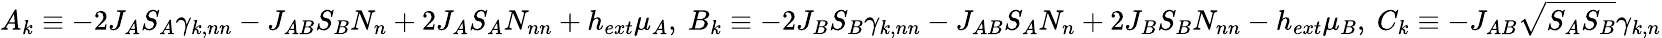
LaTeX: A_{k}\equiv-2J_{A}S_{A}{\gamma}_{k,nn}-J_{AB}S_{B}N_{n}+2J_{A}S_{A}N_{nn}+h_{ext}{\mu}_{A},\ B_{k}\equiv-2J_{B}S_{B}{\gamma}_{k,nn}-J_{AB}S_{A}N_{n}+2J_{B}S_{B}N_{nn}-h_{ext}{\mu}_{B},\ C_{k}\equiv-J_{AB}\sqrt{S_{A}S_{B}}{\gamma}_{k,n}